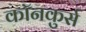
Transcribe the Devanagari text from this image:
कॉनकुर्स